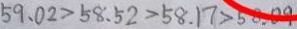
5 9 . 0 2 > 5 8 . 5 2 > 5 8 . 1 7 > 5 8 . 0 9